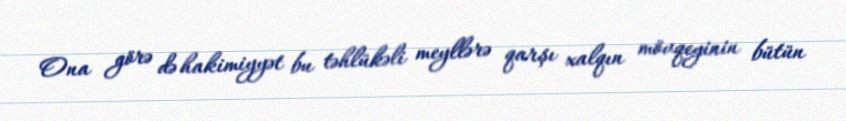
Ona görə də hakimiyyət bu təhlükəli meyllərə qarşı xalqın mövqeyinin bütün